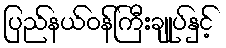
ပြည်နယ်ဝန်ကြီးချုပ်နှင့်